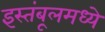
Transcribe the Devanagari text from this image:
इस्तंबूलमध्ये